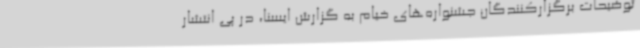
توضیحات برگزارکنندگان جشنواره‌های خیام به گزارش ایسنا، در پی انتشار